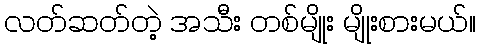
လတ်ဆတ်တဲ့ အသီး တစ်မျိုး မျိုးစားမယ်။